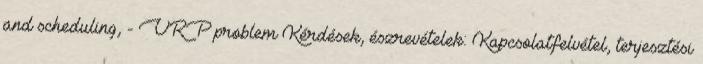
and scheduling, - VRP problem Kérdések, észrevételek: Kapcsolatfelvétel, terjesztési